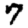
Digit: 7